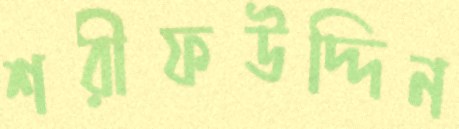
শরীফউদ্দিন